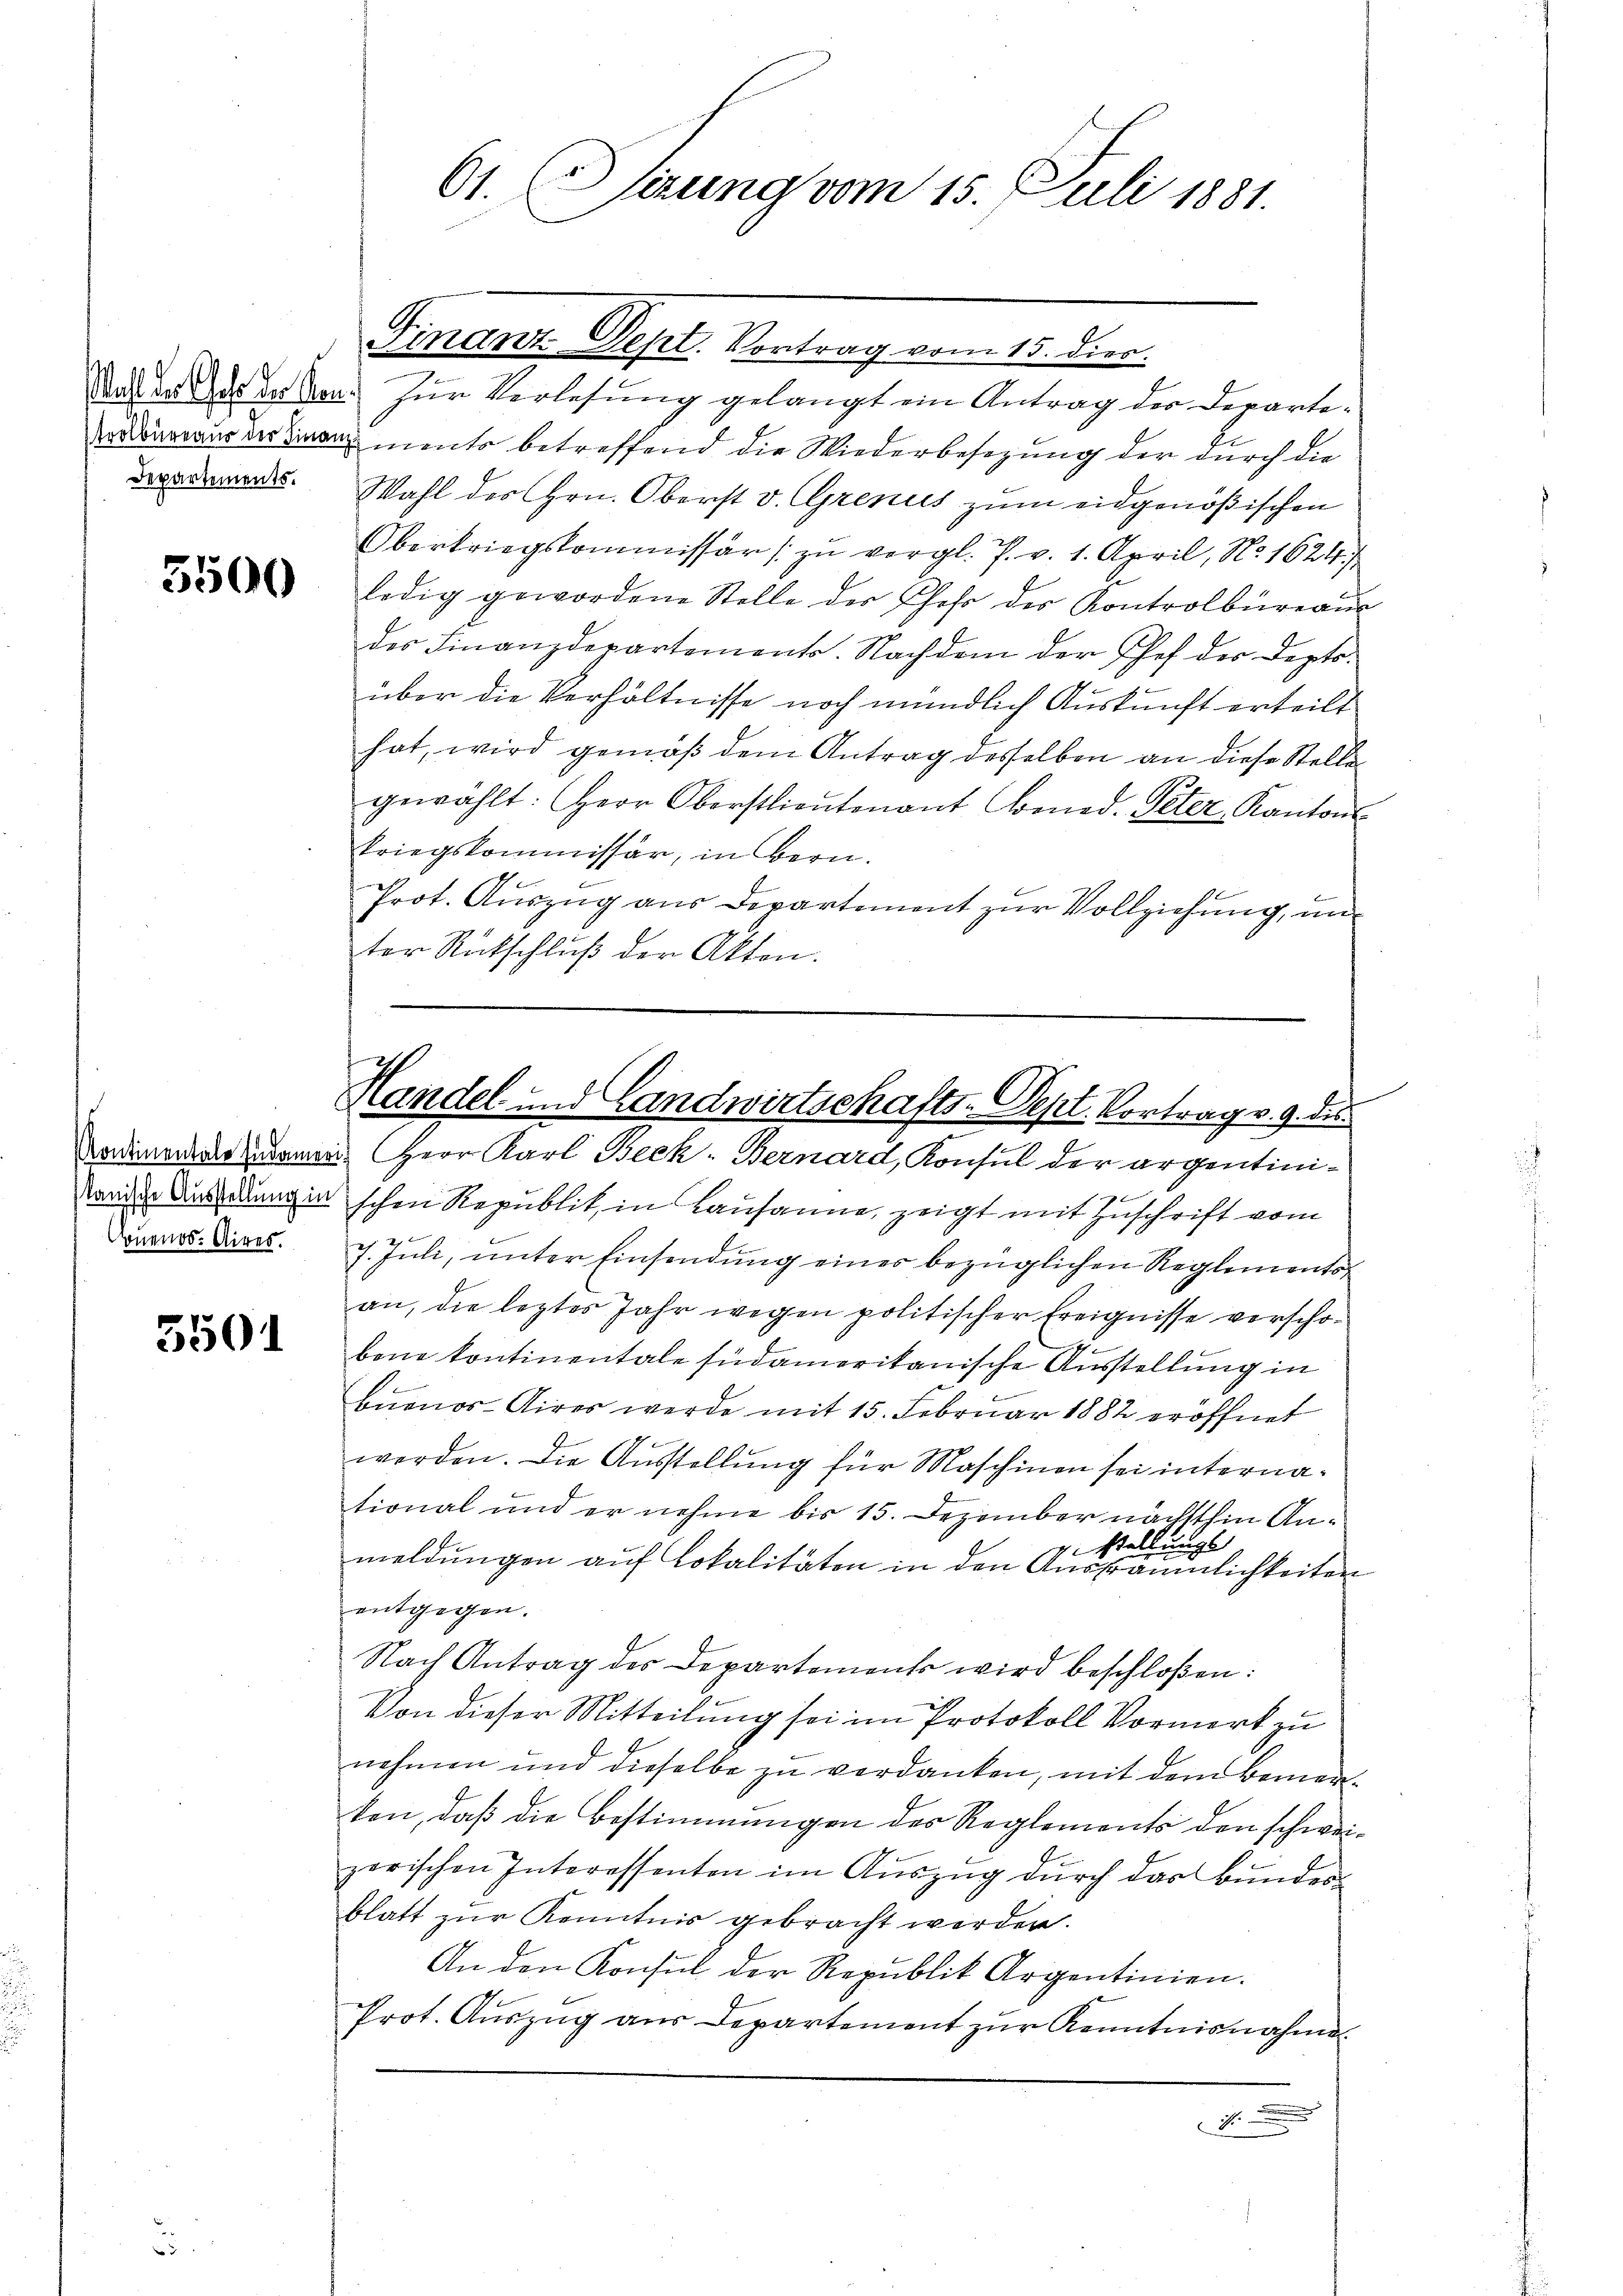
3500

tanische Ausstellung in
Couenos-Aires.

3501

61. Teung vom 15. Juli 1881.

Gruene Gesel. Vortrag vom 15. Jun.
Statte de der von zur Verlesung gelangt ein Antrag der Departe¬
Donaus der sinon ments betreffend die Wiederbesezung der durch die
das. Wahl des Hrn. Oberst v. Grenus zum eidgenößischen
Obertriegskommissär (zu vergl. P. v. 1. April, No. 1624/
ledig gewordene Stelle der Chef des Kontrolbüreaus
des Finanzdepartements. Nachdem der Chef der Deptsüber die Verhältnisse noch mündlich Auskunft erteilt
hat, wird gemäß dem Antrag desselben an diese Stelle
gewählt: Herr Oberstlieutenant Comed. Peter, Kantons-
kriegskommissar, in Bern.
Prot. Auszug aus Departement zur Vollziehung, an
ter Rückschluß der Akten.
schen Republik in Lausanne, zeigt mit Zuschrift vom
7. Juli, unter Einsendung einer bezüglichen Reglementsan, die leztes Jahr wegen politischer Ereignisse verschog
bene Continentale südamerikanische Ausstellung in
buenos-Aires werde mit 15. Februar 1882 eröffnet
9
werden. Die Ausstellung für Maschinen sei international und er nehme bis 15. Dezember nächsthin Anvestellungs
meldungen auf Lokalitäten in den Ausräumlichkeiten
entgegen.
Nach Antrag des Departements wird beschloßen:
Von dieser Mitteilung sei im Protokoll Vormerk zu
nehmen und dieselbe zu verdanken, mit dem Bemerken, daß die Bestimmungen des Reglements den schweizorischen Interessenten im Auszug durch das Bundes-
blatt zur Kenntnis gebracht werden.
An den Konsul der Republik Argentinien.
Prot. Auszug aus Departement zur Kenntnisnahme.

Handel und Landwirtschafts-Dept. Vortrag v. 9. des
Nadinem Herr Karl Beck: Bernard, Konsul der argentini¬